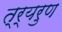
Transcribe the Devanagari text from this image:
त्र्यरुण